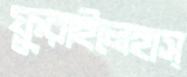
ফুরাইলেহাস্